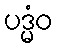
ပဒ္မံဝ